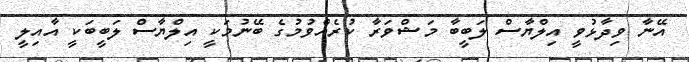
އޭނާ ވިދާޅުވީ އިލްޔާސް ލަބީބާ މަޝްވަރާ ކުރެއްވުމުގެ ބޭނުމަކީ އިލްޔާސް ލަބީބަކީ އާއިލީ